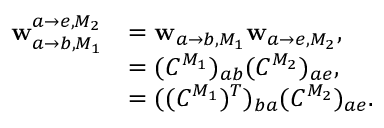
\begin{array} { r l } { \mathbf { w } _ { a \rightarrow b , M _ { 1 } } ^ { a \rightarrow e , M _ { 2 } } } & { = \mathbf { w } _ { a \rightarrow b , M _ { 1 } } \mathbf { w } _ { a \rightarrow e , M _ { 2 } } , } \\ & { = ( C ^ { M _ { 1 } } ) _ { a b } ( C ^ { M _ { 2 } } ) _ { a e } , } \\ & { = ( ( C ^ { M _ { 1 } } ) ^ { T } ) _ { b a } ( C ^ { M _ { 2 } } ) _ { a e } . } \end{array}